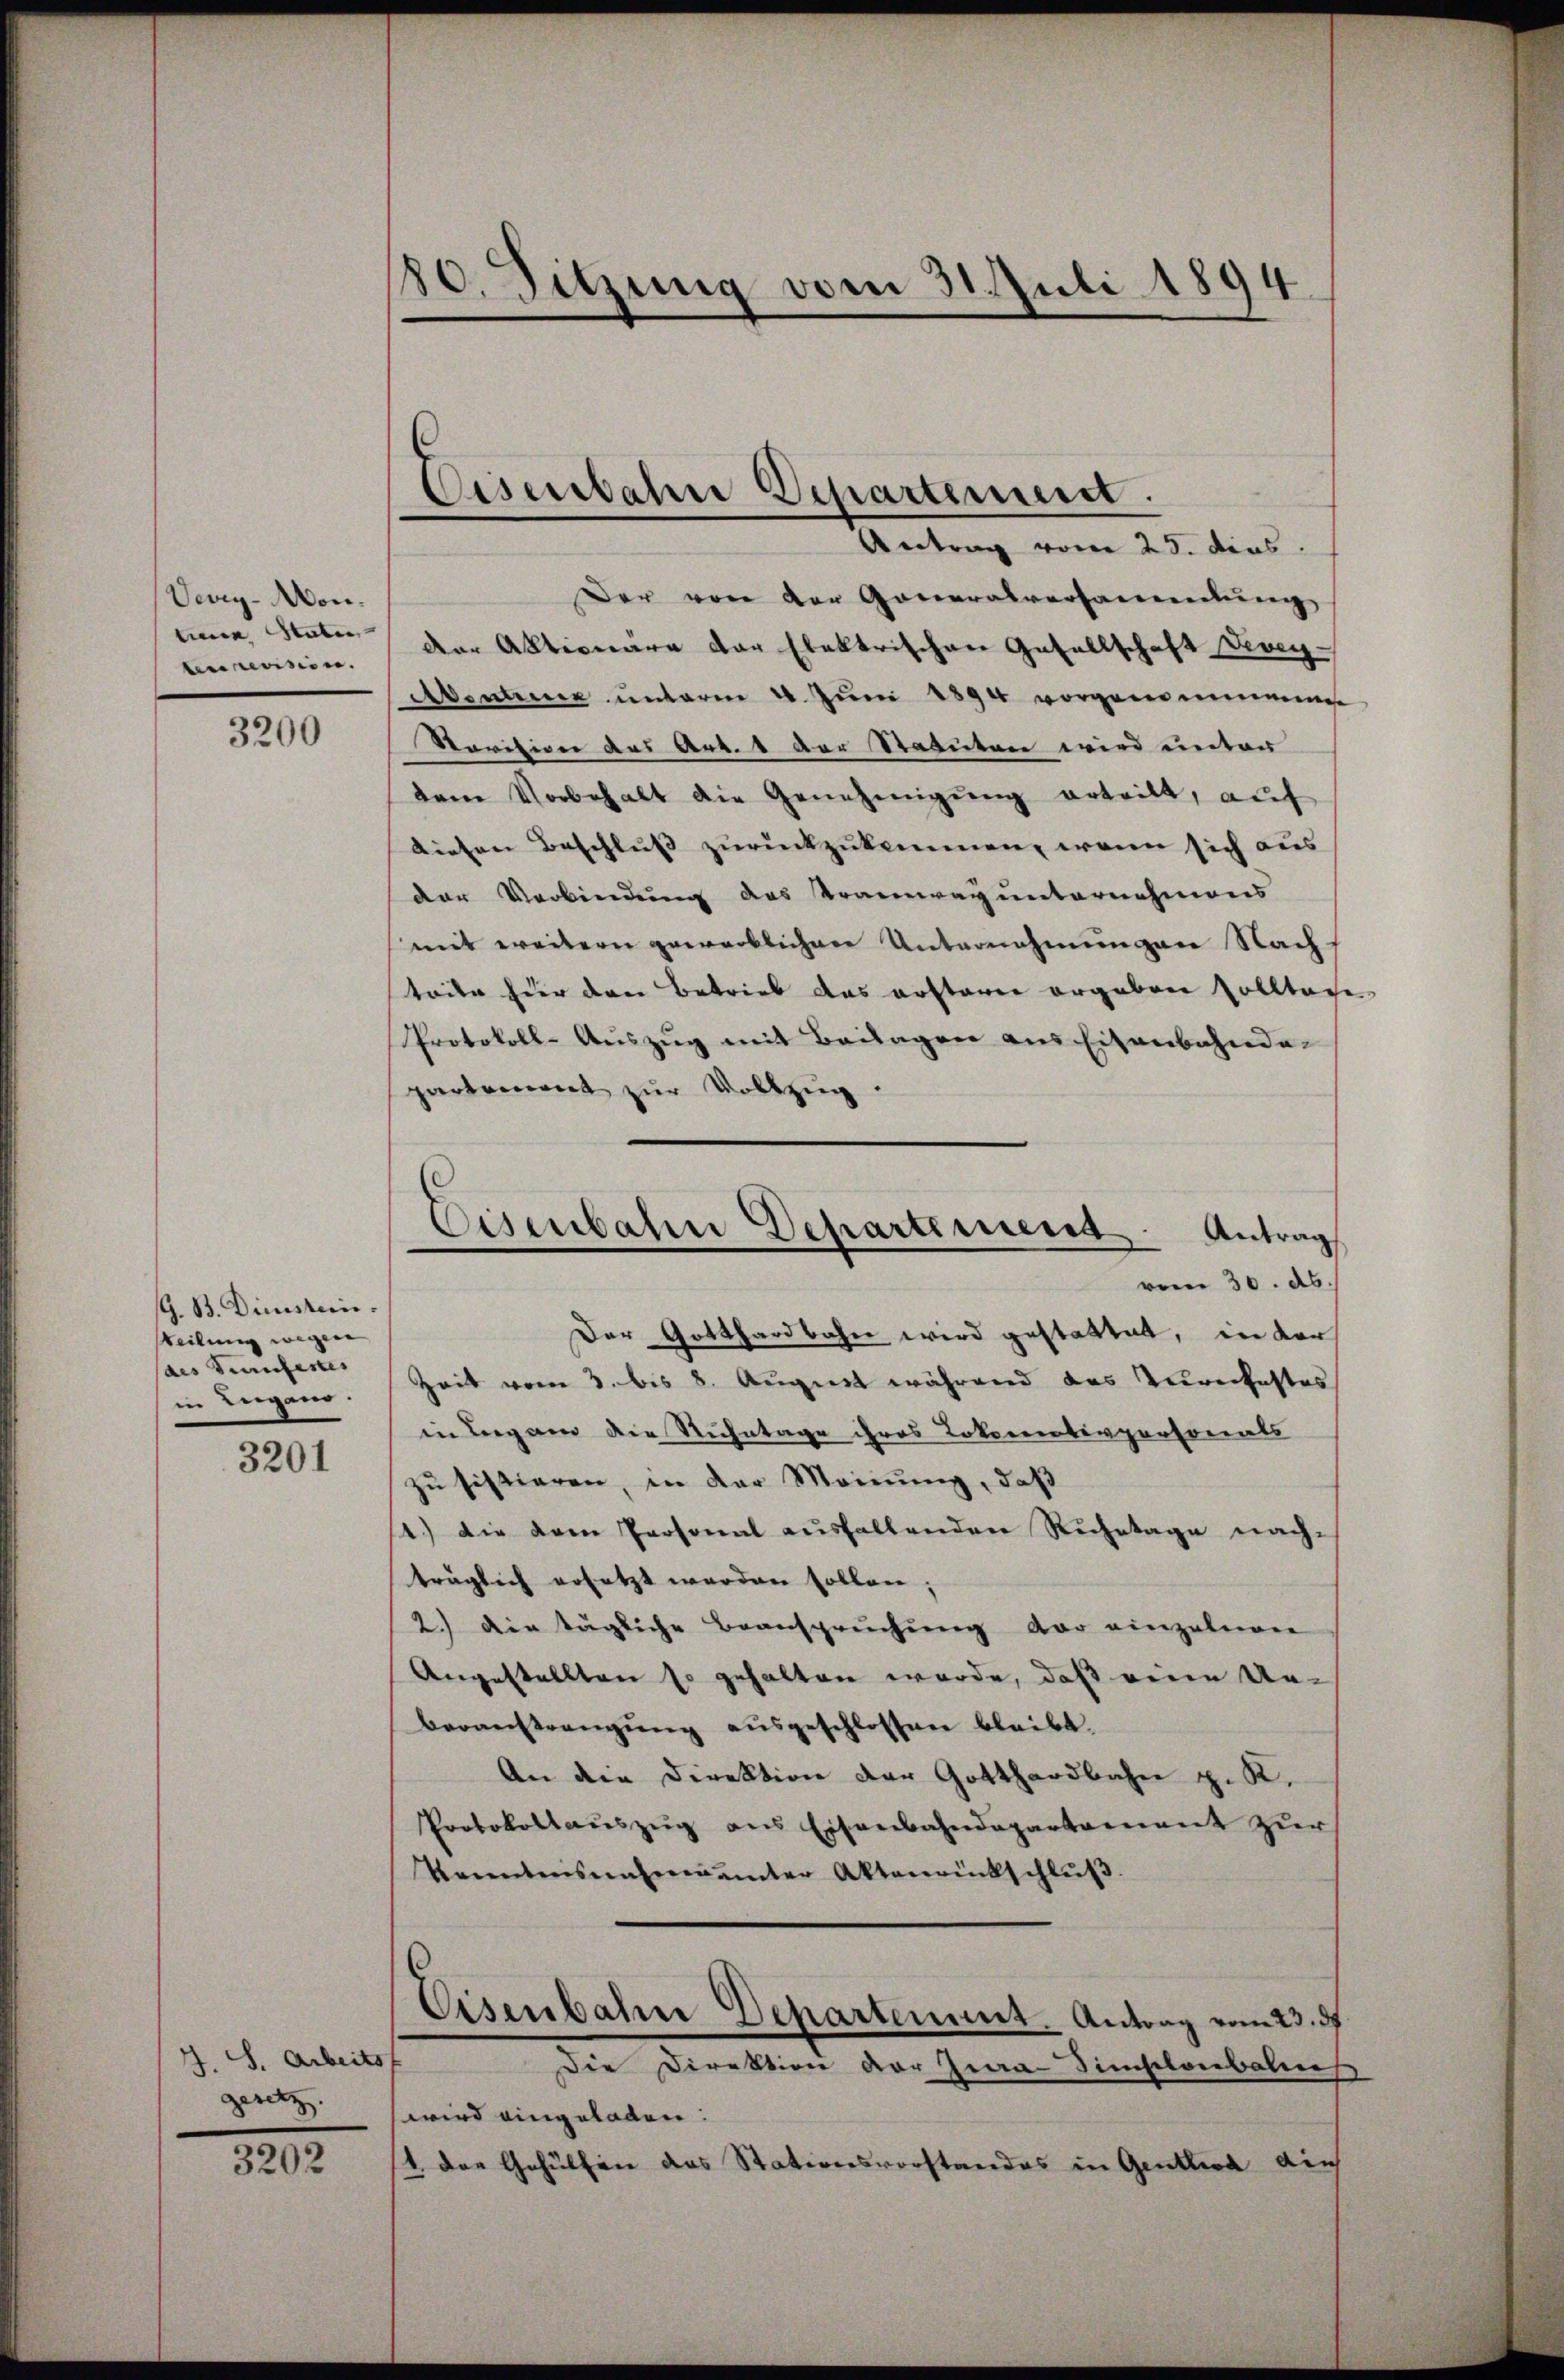
Vevig-Mon.
tene Raten
terrevision.

3200

G. B. Dienstein.
steilung wegen
des Genfestes
in Lugano.

3201

J. S. Arbeits
gesetz.

3202

80. Sitzung vom 31. Juli 1894

Eisenbahre Departement.
Antrag vom 23. dies

Eisenbahn Departiment. Antrag
vom 30. ds.

Der von der Generalversammlung
der Aktionare der Elektrischen Gesellschaft Vevey
Abenten unterm 4. Juni 1894 vorgenommenen
Ravision des Art. 1 der Statuten wird unter
dem Vorbehalt die Genehmigŭng erteilt, aŭf
diesen Beschluss zurückzukommen, wenn sich aus
der Verbindung das Tramway unternehmens
mit weitern gewerblichen Unternehmungen Nach
teile für den Betrieb das erstaren ergeben solltage
Protokoll-Auszug mit Beilagen aus Eisenbahnda-
partement zur Vollzug.
Der Gotthardbahn wird gestattet, in der
Zeit vom 3. bis 8. August während das Zureikastes
in Bergan die Ruhetage ihres Lokorrenterpersonals
zu sistieren, in der Meinung, daß
1.) Die dem Personal ausfallenden Ruhetage nachträglich ersetzt werden sollen;
2.) Die tägliche Beanspruchung der einzelnen
Angestellten so gehalten werde, daß eine Ur-
beraustrangŭng aŭsgeschlossen bleibt.
An die Direktion der Gotthardbahn z. K.
Protokollaŭszŭg ans Eisenbahndepartement zŭr
Trientarismateramter Aktenrückschlŭβ
Eisenbahre Departement. Antrag vom 23. d
Die Direktion der Gra- Simsilonbanes
wird eingeladen.
/4. des Gehülfen das Stationsvorstandes in Gentlich auch